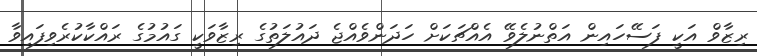
ރިޒާވް އަކީ ފަސޭހައިން އަތްނުލެވޭ އެއްޗަކަށް ހަދަންވެއްޖެ ދައުލަތުގެ ރިޒާވަކީ ގައުމުގެ ރައްކާކުރެވިފައިވާ